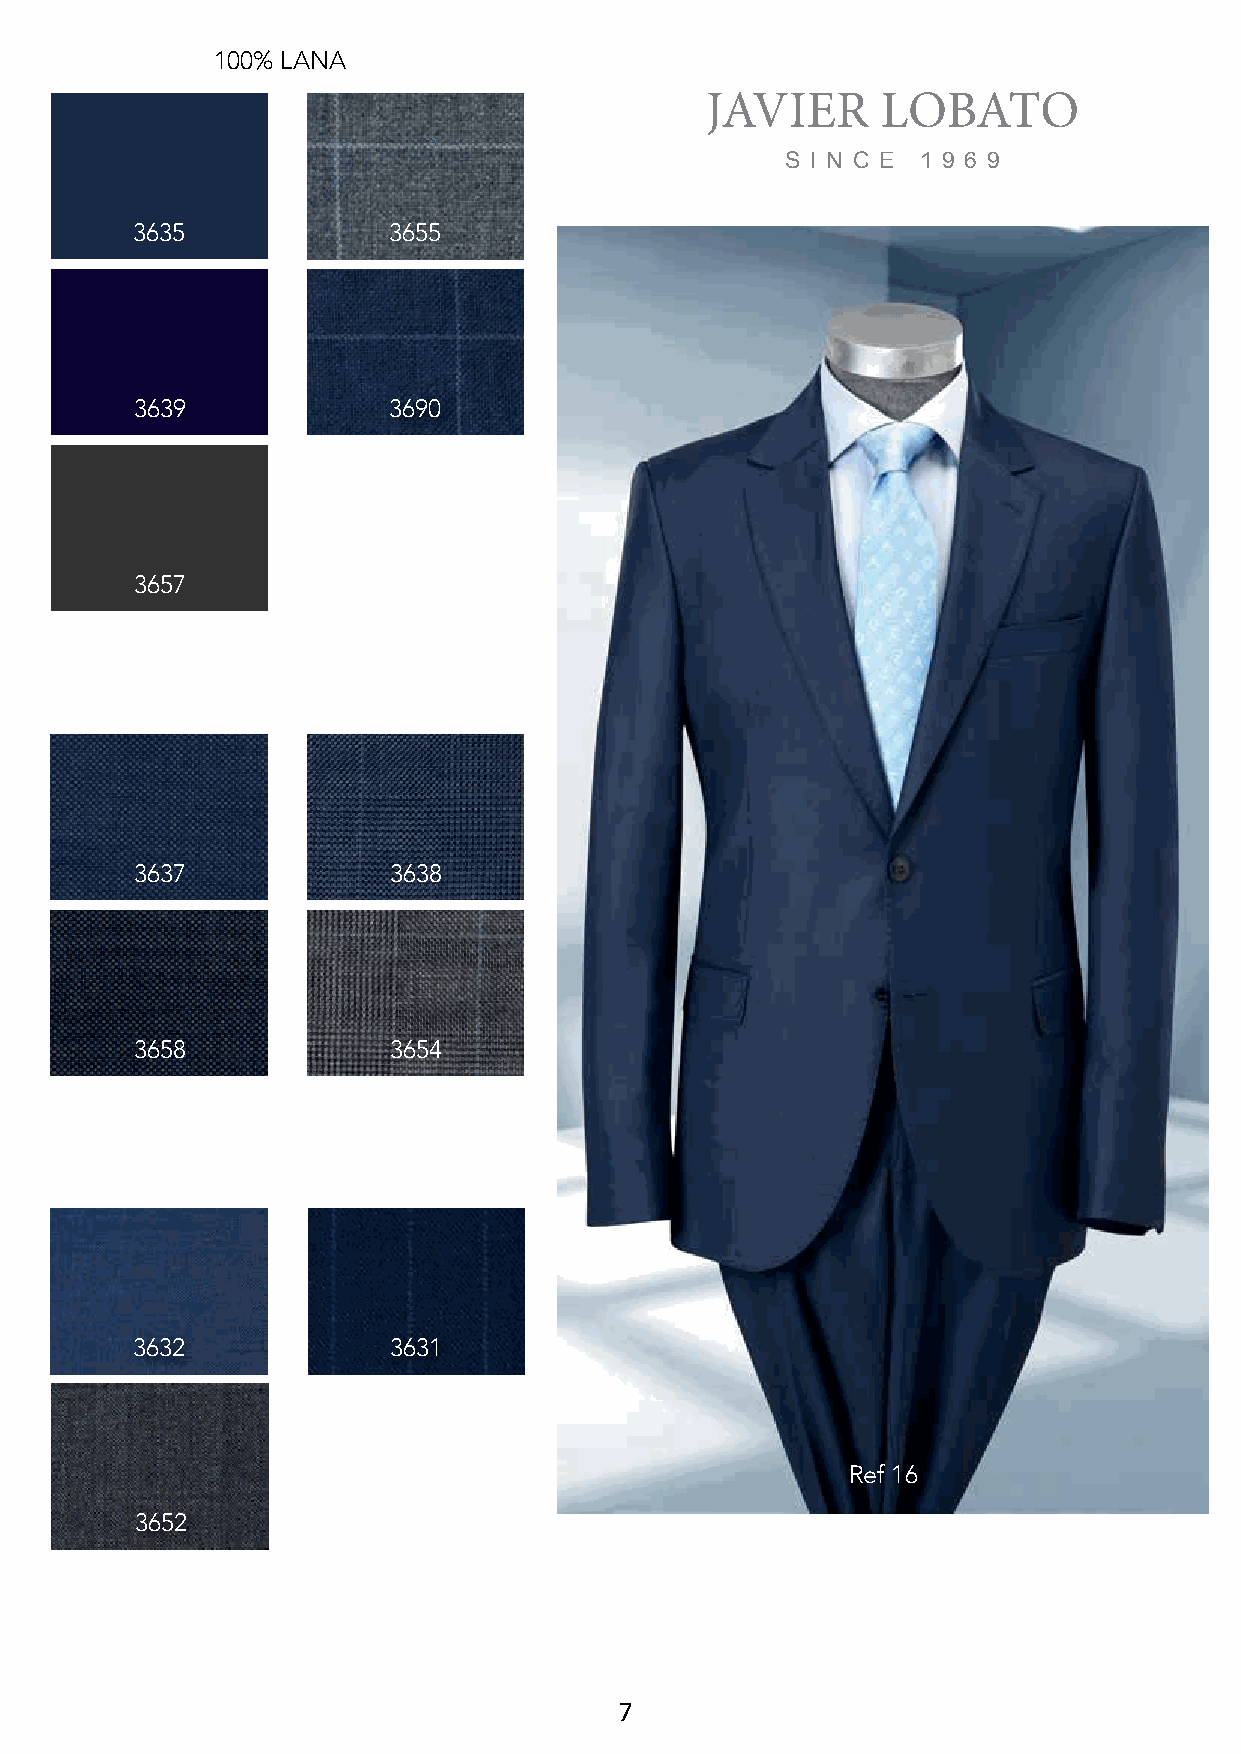
100% LANA
 JAVIER     LOBATO
 S I N C E 1 9 6 9
 3635             3655
 3639             3690
 3657
 3637             3638
 3658             3654
 3632             3631
 Ref 16
 3652
 7